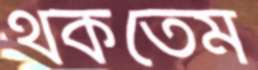
থকতেম